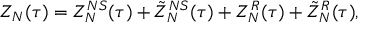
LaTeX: Z _ { N } ( \tau ) = Z _ { N } ^ { N S } ( \tau ) + \tilde { Z } _ { N } ^ { N S } ( \tau ) + Z _ { N } ^ { R } ( \tau ) + \tilde { Z } _ { N } ^ { R } ( \tau ) ,